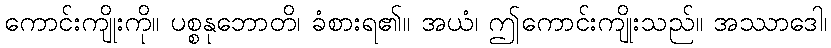
ကောင်းကျိုးကို။ ပစ္စနုဘောတိ၊ ခံစားရ၏။ အယံ၊ ဤကောင်းကျိုးသည်။ အဿာဒေါ၊